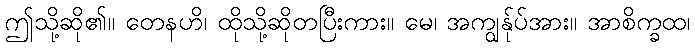
ဤသို့ဆို၏။ တေနဟိ၊ ထိုသို့ဆိုတပြီးကား။ မေ၊ အကျွန်ုပ်အား။ အာစိက္ခထ၊